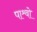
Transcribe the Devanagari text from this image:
पाश्र्वो